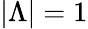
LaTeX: |\Lambda|=1